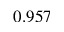
0 . 9 5 7